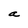
Character: a